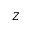
Z